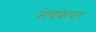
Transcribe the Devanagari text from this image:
मेयफ़ेयर